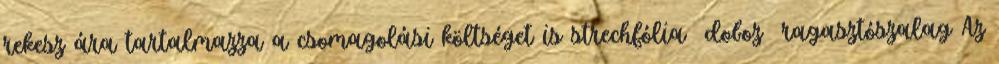
rekesz ára tartalmazza a csomagolási költséget is strechfólia doboz ragasztószalag Az